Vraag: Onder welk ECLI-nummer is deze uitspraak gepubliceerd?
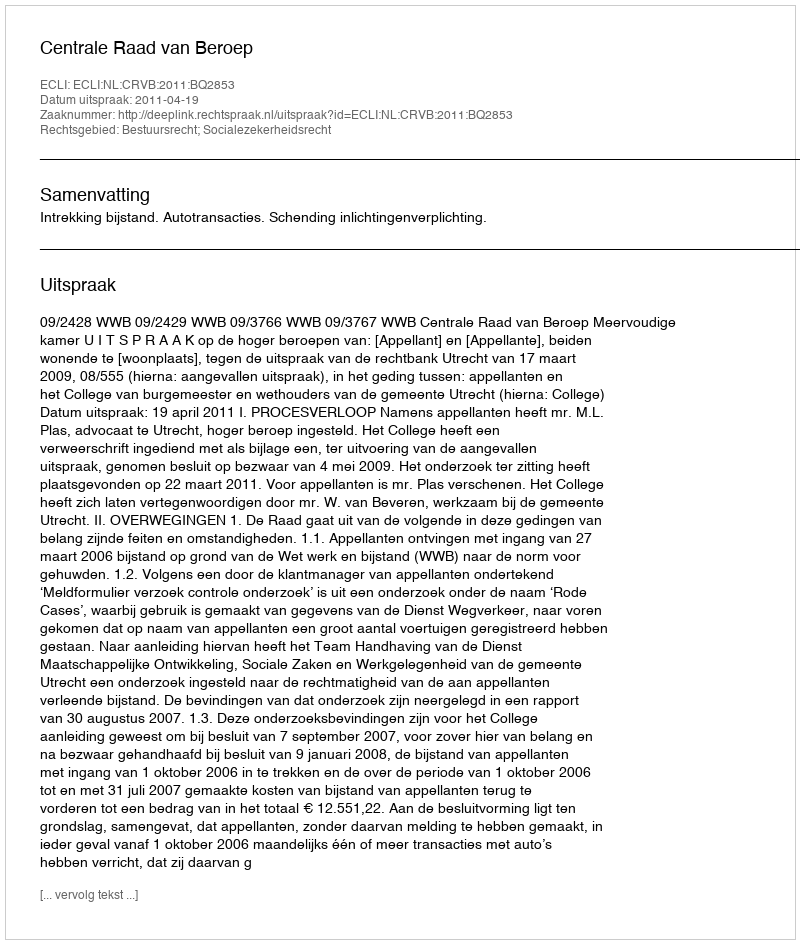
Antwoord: ECLI:NL:CRVB:2011:BQ2853